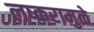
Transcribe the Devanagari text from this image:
लष्करामुळे